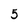
Character: 5